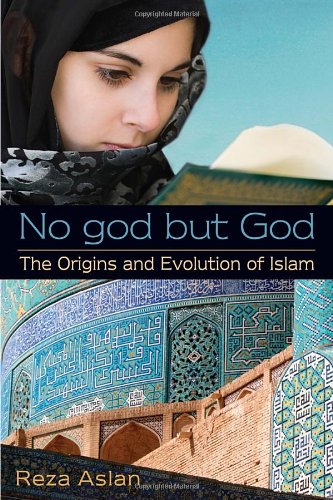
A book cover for No god but God: The Origins and Evolution of Islam; Reza Aslan; Teen & Young Adult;